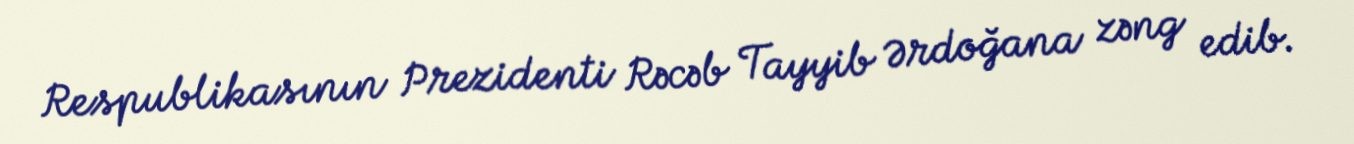
Respublikasının Prezidenti Rəcəb Tayyib Ərdoğana zəng edib.